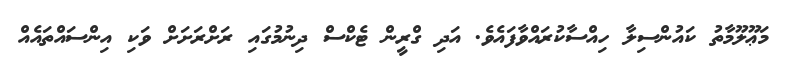
މަޢޫލޫމާތު ކައުންސިލާ ހިއްސާކުރައްވާފައެވެ. އަދި ގްރީން ޓެކްސް ދިނުމުގައި ރަށްރަށަށް ވަކި އިންސައްތައެއް